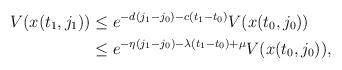
LaTeX: \begin{align*} V(x(t_1, j_1)) &\leq e^{-d (j_1 - j_0) - c (t_1 - t_0)} V(x(t_0, j_0)) \\ &\leq e^{-\eta (j_1 - j_0) - \lambda (t_1 - t_0) + \mu} V(x(t_0, j_0)),\end{align*}